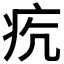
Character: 𤵎